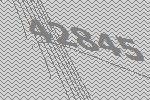
42845